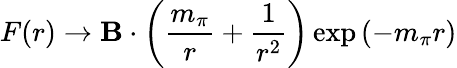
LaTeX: F(r)\rightarrow\mathbf{B}\cdot\left(\frac{{m_{\pi}}}{{r}}+\frac{{1}}{{r^{2}}}\right)\exp\left(-m_{\pi}r\right)